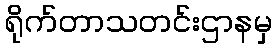
ရိုက်တာသတင်းဌာနမှ